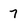
Character: 7